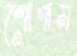
শোণাম